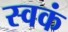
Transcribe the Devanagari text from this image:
स्वकं